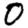
Digit: 0